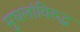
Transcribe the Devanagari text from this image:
मुघलांविरुद्ध